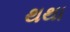
થથા